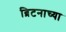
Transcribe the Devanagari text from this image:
ब्रिटनाच्या